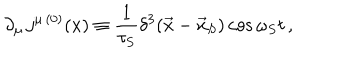
\partial _ { \mu } \, j ^ { \mu \, ( 0 ) } ( x ) \equiv \frac { 1 } { \tau _ { S } } \delta ^ { 3 } ( \vec { x } - \vec { x } _ { S } ) \cos \omega _ { S } t \, ,